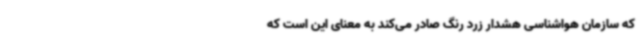
که سازمان هواشناسی هشدار زرد رنگ صادر می‌کند به معنای این است که